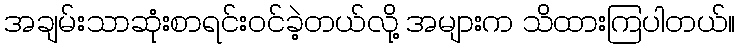
အချမ်းသာဆုံးစာရင်းဝင်ခဲ့တယ်လို့ အများက သိထားကြပါတယ်။